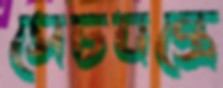
সেচযন্ত্রে